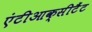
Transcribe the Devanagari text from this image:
एंटीआक्सीटैंट